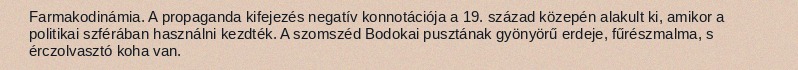
Farmakodinámia. A propaganda kifejezés negatív konnotációja a 19. század közepén alakult ki, amikor a politikai szférában használni kezdték. A szomszéd Bodokai pusztának gyönyörű erdeje, fűrészmalma, s érczolvasztó koha van.